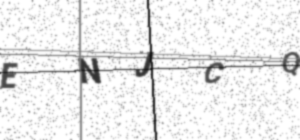
Text: ENJCQ